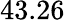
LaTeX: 43.26